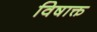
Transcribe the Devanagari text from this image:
विषाक्त